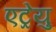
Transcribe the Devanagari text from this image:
एट्रेयु